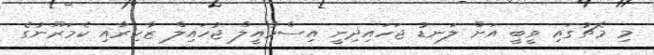
މި މެޗުގައި ވީބީ އަށް ލަނޑު ޖަހައިދިނީ އިސްމާއީލް ޖުހައިލް ޒާހިރާއި ކެމަރޫނުގެ